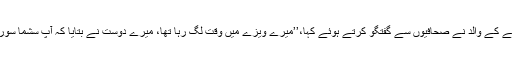
گزشتہ روز اس بچے کے والد نے صحافیوں سے گفتگو کرتے ہوئے کہا،’’میرے ویزے میں وقت لگ رہا تھا، میرے دوست نے بتایا کہ آپ سشما سوراج کو ٹوئٹ کریں۔